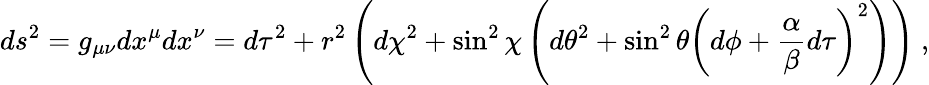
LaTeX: ds^{2}=g_{\mu\nu}dx^{\mu}dx^{\nu}=d\tau^{2}+r^{2}\left(d\chi^{2}+\sin^{2}\chi\left(d\theta^{2}+\sin^{2}\theta\left(d\phi+{\frac{\alpha}{\beta}}d\tau\right)^{2}\right)\right)\space,